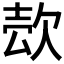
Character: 𰙍